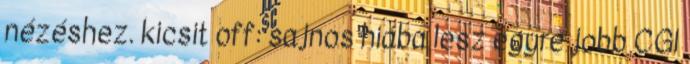
nézéshez. kicsit off: sajnos hiába lesz egyre jobb CGI